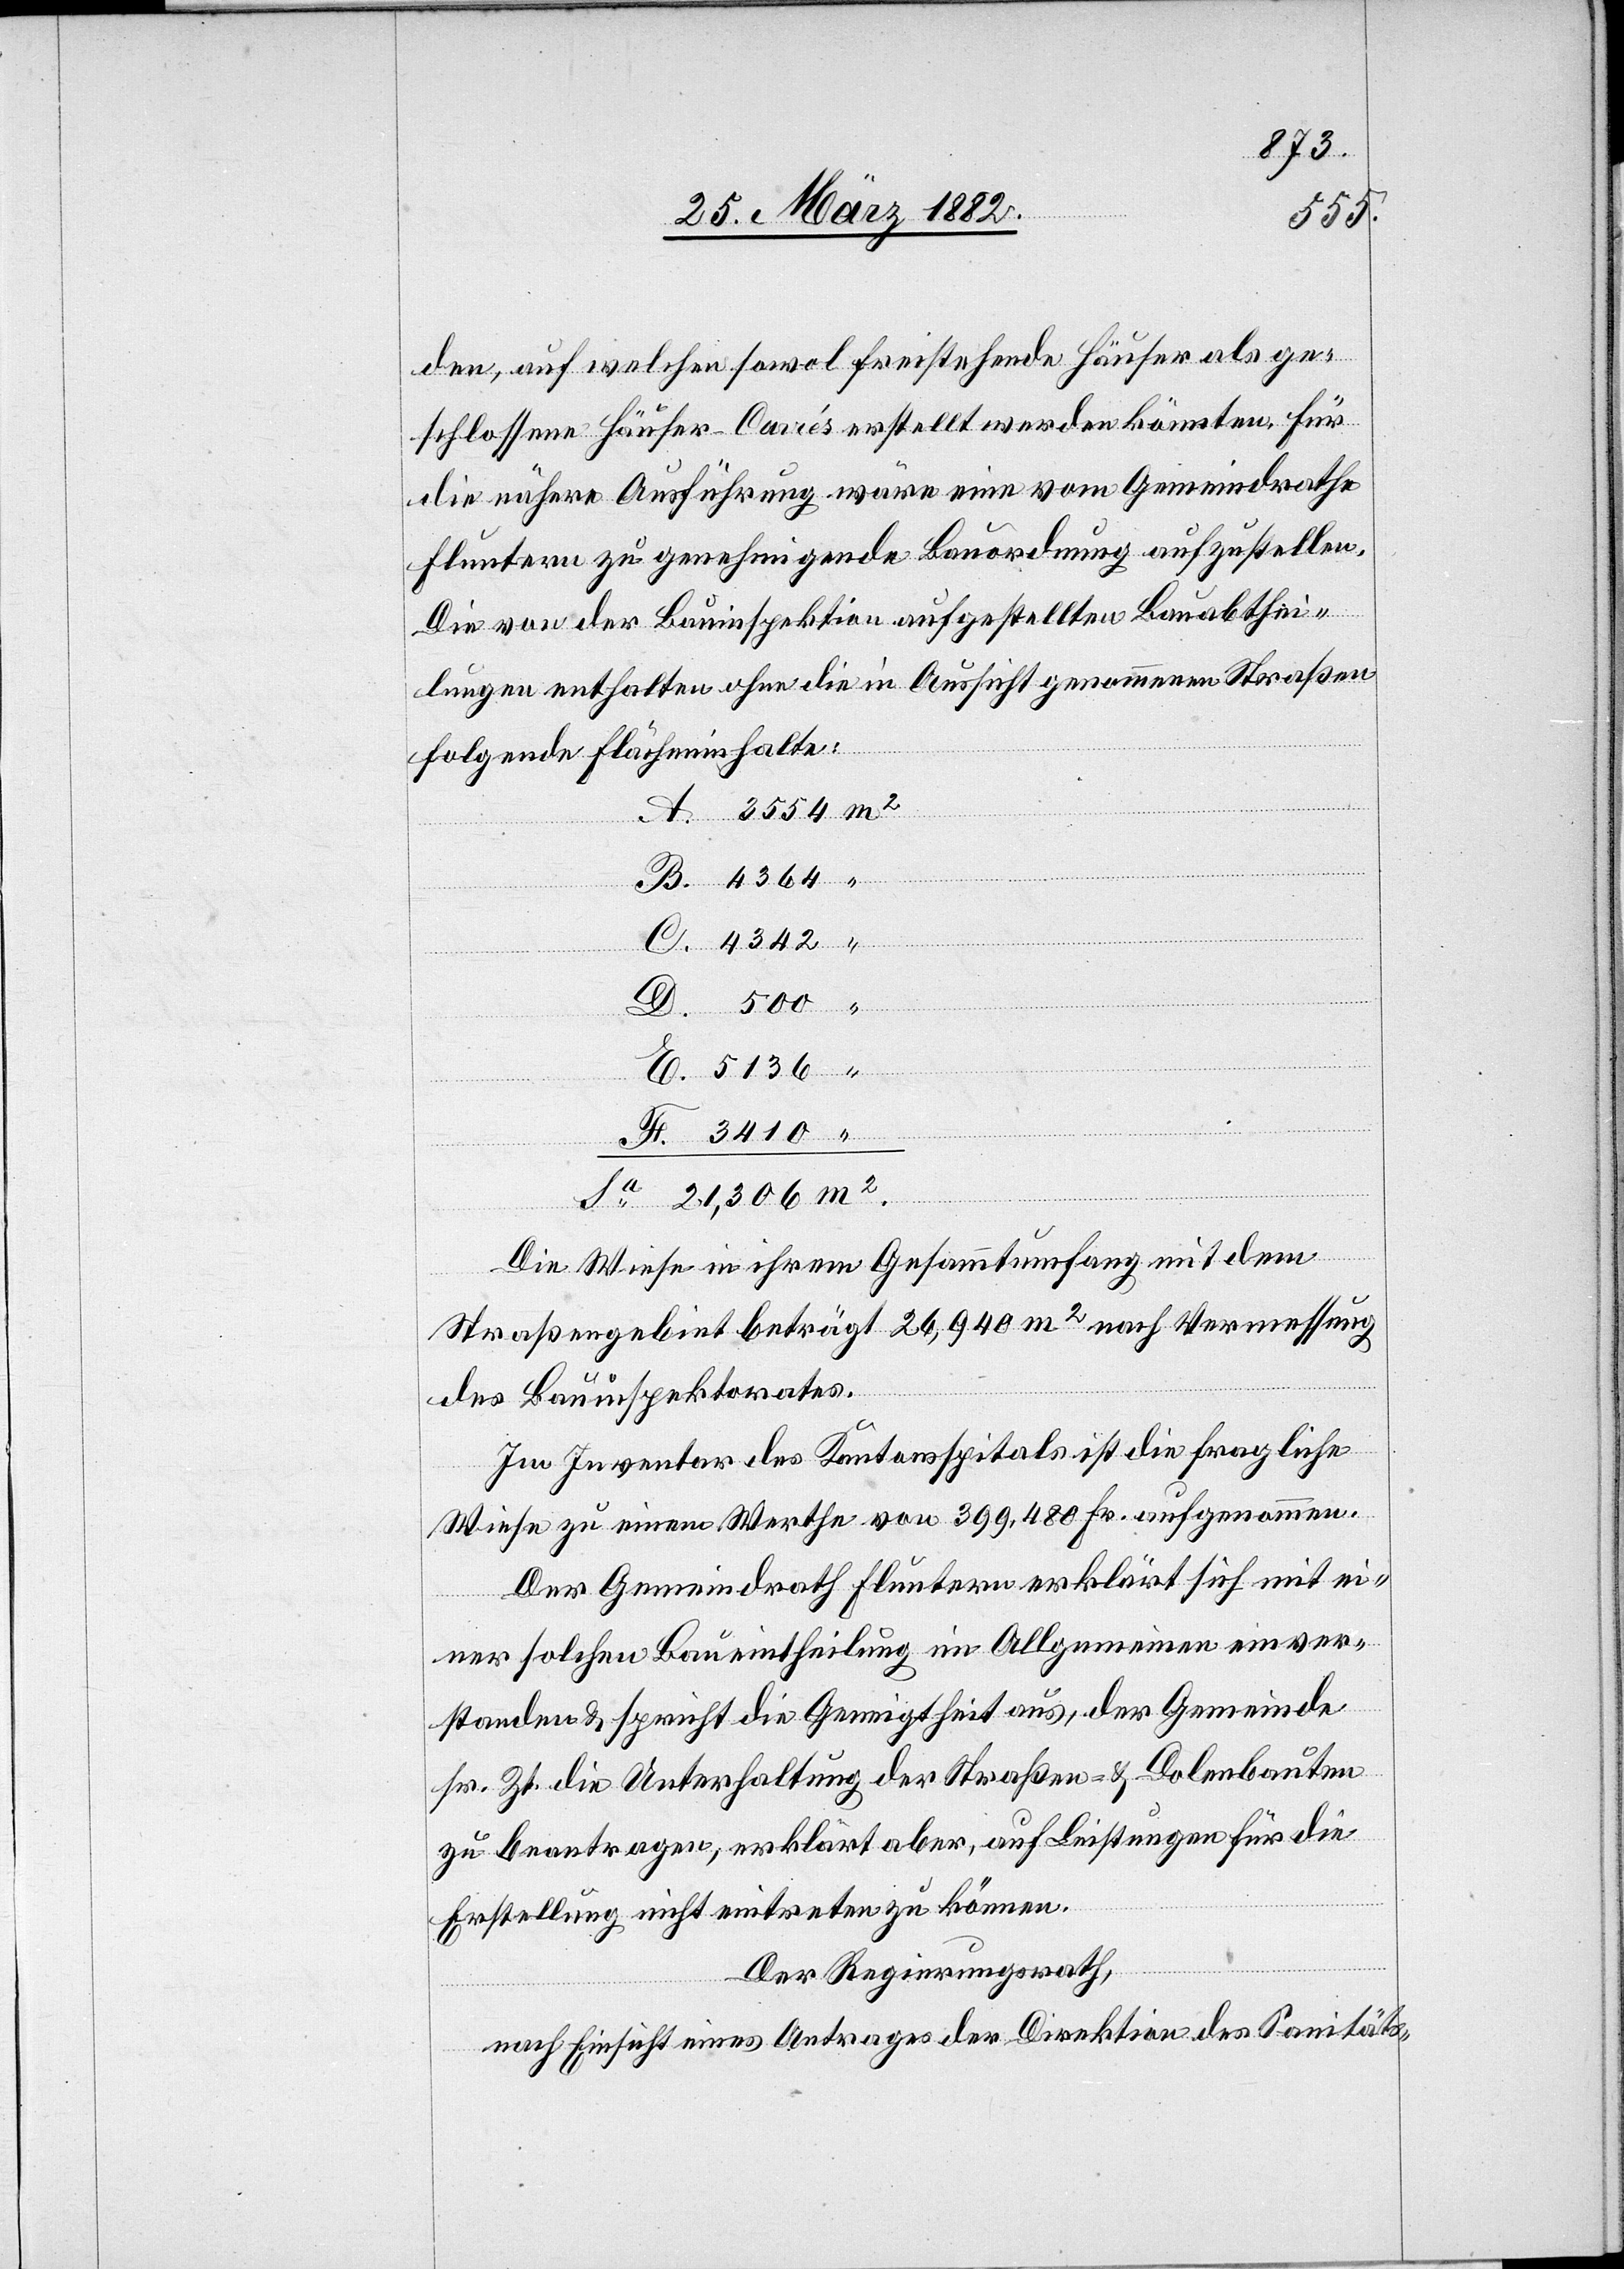
den, auf welchen sowol freistehende Häuser als ge¬
schlossene Häuser-Carés erstellt werden könnten, für
die nähere Ausführung wäre eine vom Gemeindrathe
Fluntern zu genehmigende Bauordnung aufzustellen.
“
Die von der Bauinspektion aufgestellten Bauabthei¬
lungen enthalten ohne die in Aussicht genommenen Straßen
folgende Flächeninhalte:
Die Wiese in ihrem Gesamtumfang mit dem
Straßengebiet beträgt 26,940 m2 nach Vermessung
des Bauinspektorates.
Im Inventar des Kantonsspitals ist die fragliche
Wiese zu einem Werthe von 399,480 Fr. aufgenommen.
Der Gemeindrath Fluntern erklärt sich mit ei¬
ner solchen Baueintheilung im Allgemeinen einver¬
standen & spricht die Geneigtheit aus, der Gemeinde
sr. Zt. die Unterhaltung der Straßen- & Dolenbauten
zu beantragen, erklärt aber, auf Leistungen für die
Erstellung nicht eintreten zu können.
Der Regierungsrath,
nach Einsicht eines Antrages der Direktion des Sanitäts-